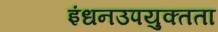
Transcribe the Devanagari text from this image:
इंधनउपयुक्तता